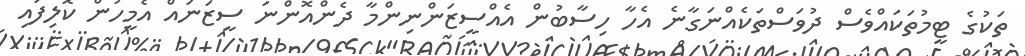
ތަކުގެ ޓީމުތަކައްވެސް ދުވަސްތަކެއްނަގާނެ އެހާ ހިސާބުން އެއްސީޒަންނިންމާ ދެންއޮންނަ ސީޒަނައް އެމީހުން ކޮލިފައި